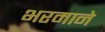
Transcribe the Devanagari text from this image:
भरमाने